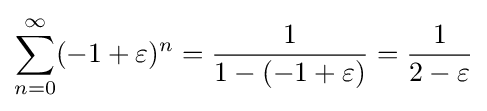
\sum _{n=0}^{\infty }(-1+\varepsilon )^{n}={\frac {1}{1-(-1+\varepsilon )}}={\frac {1}{2-\varepsilon }}